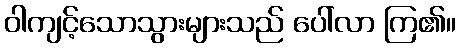
ဝါကျင့်သောသွားများသည် ပေါ်လာ ကြ၏။